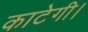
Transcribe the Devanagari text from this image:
काटेगी।